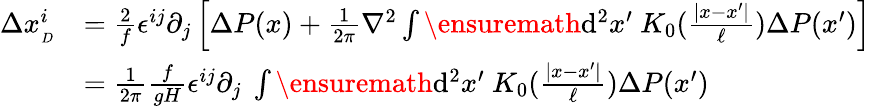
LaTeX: \begin{array}{rl}{\Delta x_{_{D}}^{i}}&{=\frac{2}{f}\epsilon^{ij}\partial_{j}\left[\Delta P(x)+\frac{1}{2\pi}\nabla^{2}\int\ensuremath{\operatorname{d}\! ^{2}}x^{\prime}\ K_{0}(\frac{|x-x^{\prime}|}{\ell})\Delta P(x^{\prime})\right]}\\ &{=\frac{1}{2\pi}\frac{f}{gH}\epsilon^{ij}\partial_{j}\ \int\ensuremath{\operatorname{d}\! ^{2}}x^{\prime}\ K_{0}(\frac{|x-x^{\prime}|}{\ell})\Delta P(x^{\prime})}\end{array}